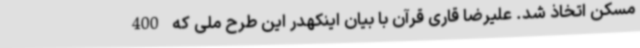
مسکن اتخاذ شد. علیرضا قاری قرآن با بیان اینکهدر این طرح ملی که 400